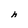
Character: h